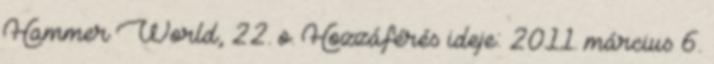
Hammer World, 22. o. Hozzáférés ideje: 2011. március 6.